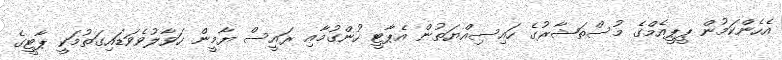
އެހެންކަމުން ޕީޕީއެމްގެ މުސްތަޝާރުގެ ހައިސިއްޔަތުން އެޕާޓީ ހުންގުމާއި ރައީސް ޔާމީން ހަވާލުވެވަޑައިގަތުމަކީ ޕާޓީގެ